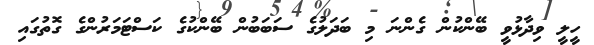
ހީލީ ވިދާޅުވީ ބޭންކުން ގެންނަ މި ބަދަލުގެ ސަބަބުން ބޭންކުގެ ކަސްޓަމަރުންގެ ގޮތުގައި